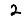
Digit: 2